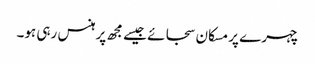
چہرے پر مسکان سجائے جیسے مجھ پر ہنس رہی ہو۔